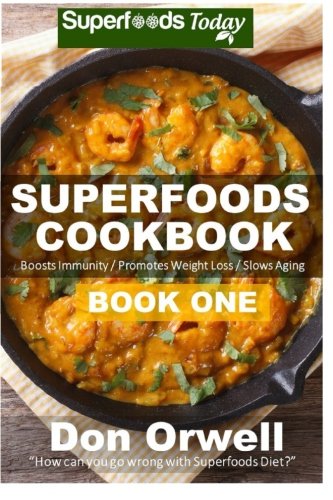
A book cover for Superfoods Cookbook: Book One: 75+ Recipes of Quick & Easy Cooking, Low Fat Cooking, Gluten Free Cooking, Wheat Free Cooking, Low Cholesterol Cooking, ... - weight loss plan for women) (Volume 29); Don Orwell; Cookbooks, Food & Wine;